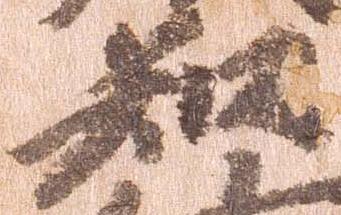
知